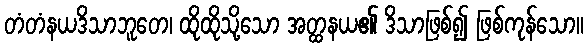
တံတံနယဒိသာဘူတေ၊ ထိုထိုသို့သော အတ္ထနယ၏ ဒိသာဖြစ်၍ ဖြစ်ကုန်သော။